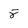
Character: 8